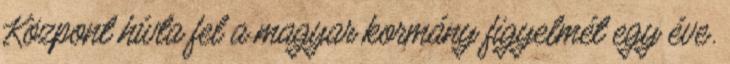
Központ hívta fel a magyar kormány figyelmét egy éve.